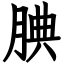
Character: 腆